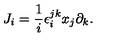
J _ { i } = { \frac { 1 } { i } } \epsilon _ { i } ^ { j k } x _ { j } \partial _ { k } .